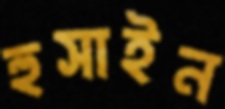
হুসাইন